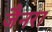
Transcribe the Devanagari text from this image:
जैनरा